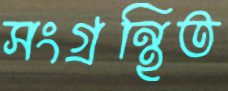
সংগ্রন্থিত